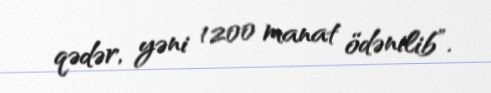
qədər, yəni 1200 manat ödənilib”.